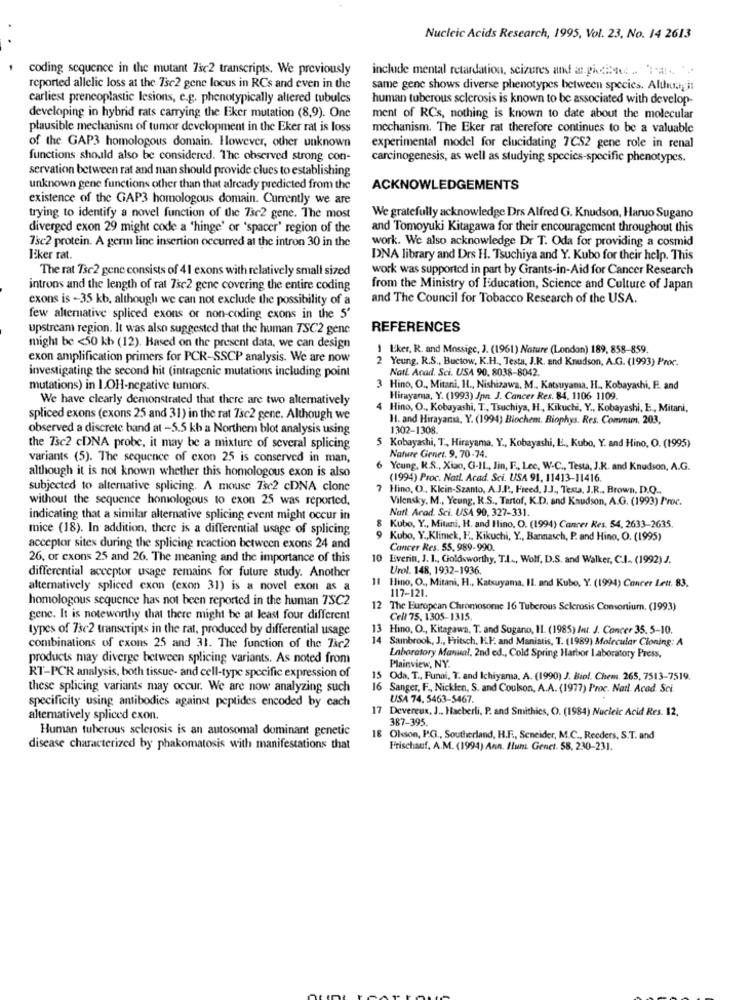
Nucleic Acids Research, 1995, Vol. 23, No. 14 2613
coding sequence in the mutant 7se2 transcripts. We previously
include mental retardation, seizures and a piccione .. Ta .. ..
reported allelic loss at the 7se2 gene locus in RCs and even in the
same gene shows diverse phenotypes between species. Altho,his
earliest prencoplastic lesions, e.g. phenotypically altered tubules
human tuberous sclerosis is known to be associated with develop-
developing in hybrid rats carrying the Eker mutation (8,9). One
ment of RCs, nothing is known to date about the molecular
plausible mechanism of tumor development in the Eker rat is loss
mechanism. The Eker rat therefore continues to be a valuable
experimental model for clucidating 7CS2 gene role in renal
of the GAP3 homologous domain. However, other unknown
functions should also be considered. The observed strong con-
carcinogenesis, as well as studying species-specific phenotypes.
servation between rat and man should provide clues to establishing
unknown gene functions other than that already predicted from the
ACKNOWLEDGEMENTS
existence of the GAP3 homologous domain. Currently we are
trying to identify a novel function of the 73c2 gene. The most
We gratefully acknowledge Drs Alfred G. Knudson, Haruo Sugano
diverged exon 29 might code a 'hinge' or 'spacer' region of the
and Tomoyuki Kitagawa for their encouragement throughout this
work. We also acknowledge Dr T. Oda for providing a cosmid
7sc2 protein. A germ line insertion occurred at the intron 30 in the
Eker rat.
DNA library and Drs H. Tsuchiya and Y. Kubo for their help. This
The rat Tse2 gene consists of 41 exons with relatively small sized
work was supported in part by Grants-in-Aid for Cancer Research
introns and the length of rat 7sc2 gene covering the entire coding
from the Ministry of Education, Science and Culture of Japan
exons is -35 kb, although we can not exclude the possibility of a
and The Council for Tobacco Research of the USA.
few alternative spliced exons or non-coding cxons in the 5'
upstream region. It was also suggested that the human TSC2 gene
REFERENCES
might be <50 kb (12). Based on the present data, we can design
1 Uker, R. and Mossige, J. (1961) Nature (London) 189, 858-859.
exon amplification primers for PCR-SSCP analysis. We are now
2 Yeung. R.S ., Buctow, K.H ., Testa, J.K. and Knudson, A.G. (1993) Proc.
investigating the second hit (intragenic mutations including point
Natl Acad. Sci. USA 90, 8038-8042.
mutations) in LOH-negative tumors.
3 Hino, O ., Mitani, H ., Nishizawa, M ., Katsuyama, H ., Kobayashi, F. and
We have clearly demonstrated that there are two alternatively
Hirayama, Y. (1993) Jpn. J. Cancer Res. 84, 1106 1109.
4 Hino, O ., Kobayashi, T ., Tsuchiya, H, Kikuchi, Y ., Kobayashi, E, Mitani,
spliced exons (exons 25 and 31) in the rat 7sc2 gene. Although we
H. and Hirayama, Y. (1994) Biochem. Biophys. Res. Commin. 203,
observed a discrete band at -5.5 kb a Northern blot analysis using
1302-1308.
the Tsc2 cDNA probe, it may be a mixture of several splicing
Kobayashi, T ., Hirayama, Y ., Kobayashi, L ., Kubo, Y. and Hino, O. (1995)
variants (5). The sequence of exon 25 is conserved in man,
Nature Genet. 9. 70-74.
6 Young, R.S ., Xiao, Gi-IL ., Jin, F ., Lec, W-C ., Testa, J.R. and Knudson, A.G.
although it is not known whether this homologous exon is also
(1994) Proc. Natl. Acad. Sci. USA 91, 11413-11416.
subjected to alternative splicing. A mouse 7se2 cDNA clone
7 Hino, O ., Klein-Szanto, A.J.P ., Freed, J.J ., Testa, J.R ., Brown, D.Q ..
without the sequence homologous to exon 25 was reported,
Vilensky, M ., Yeung, R.S ., Tartof, K.D. and Kaudson, A.G. (1993) Proc.
Natt Arad. Sci. USA 90, 327-331.
indicating that a similar alternative splicing event might occur in
mice (18). In addition, there is a differential usage of splicing
Kubo, Y ., Mituni, H. and Hino, O. (1994) Cancer Res. 54, 2633-2635.
9 Kubo, Y ., Klimek, F, Kikuchi, Y ., Banmasch, P. and Hino, O. (1995)
acceptor sites during the splicing reaction between exons 24 and
Cancer Res. 55. 989-990.
26, or cxons 25 and 26. The meaning and the importance of this
10 Everitt, J. 1 ., Goldsworthy, T.I ., Wolf, D.S. and Walker, C.I. (1992) J.
Urol. 148, 1932-1936.
differential acceptor usage remains for future study. Another
alternatively spliced exon (exon 31) is a novel exon as a
11 Hino, O ., Mitani, H ., Katsuyama. Il. and Kubo, Y. (1994) Cancer Leur. 83.
117-121.
homologous sequence has not been reported in the human TSC2
12 The European Chromosome 16 Tuberous Sclerosis Consortium. (1993)
gene. It is noteworthy that there might be at least four different
Cell 75. 1305-1315.
types of 73c2 transcripts in the rat, produced by differential usage
13 Hino, O ., Kitagawa, T. and Sugano, IL. (1985) Inr. J. Concer 35. 5-10.
14 Sambrook, J ., Fritsch. I.F. and Maniatis, T. (1989) Molecular Cloning: A
combinations of exons 25 and 31. The function of the Tse2
products may diverge between splicing variants. As noted from
Laboratory Manual, 2nd ed ., Cold Spring Harbor laboratory Press,
Plainview, NY.
RT-PCR analysis, both tissue- and cell-type specific expression of
15 Oda, T ., Funai, T. and Ichiyama. A. (1990) J. Biol. Chem. 265, 7513-7519.
these splicing variants may occur. We are now analyzing such
16 Sanger, F ., Nicklen, S. and Coulson, A.A. (1977) Proc. Natl. Acad Sci.
specificity using antibodies against peptides encoded by cach
USA 74, 5463-5467.
17 Devereux, J ., Hacberli, P. and Smithies, O. (1984) Nucleic Acid Res. 12.
alternatively spliced exon.
387-395.
Human tuberous sclerosis is an autosomal dominant genetic
18 Okson, P.G ., Southerland, H.F ., Scneider, M.C ., Reeders, S.T. and
disease characterized by phakomatosis with manifestations that
Frischauf, A.M. (1994) Ann. Hun. Genel. 58, 230-231.